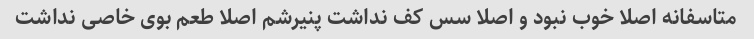
متاسفانه اصلا خوب نبود و اصلا سس کف نداشت پنیرشم اصلا طعم بوی خاصی نداشت